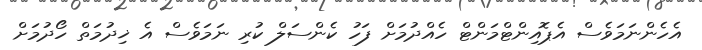
އެހެންނަމަވެސް އެޕޮއިންޓްމަންޓް ހެއްދުމަށް ފަހު ކެންސަލް ކުރި ނަމަވެސް އެ ޚިދުމަތް ހޯދުމަށް